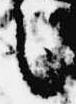
言